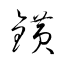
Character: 鑛